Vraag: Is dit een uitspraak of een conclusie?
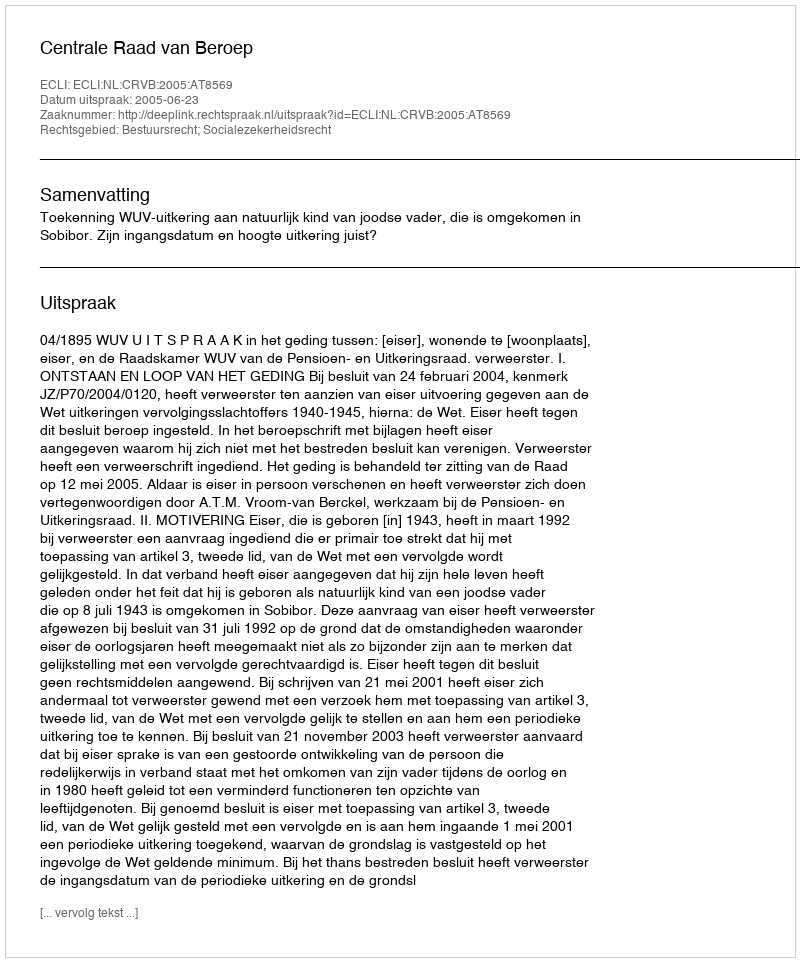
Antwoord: Uitspraak